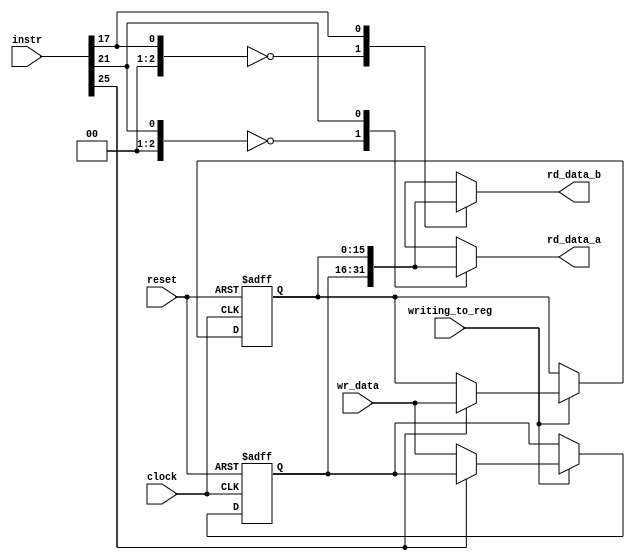
`timescale 1ns / 1ps
//////////////////////////////////////////////////////////////////////////////////
// Company: 
// Engineer: 
// 
// Design Name: 
// Module Name: register_file
// Project Name: 
// Target Devices: 
// Tool Versions: 
// Description: 
// 
// Dependencies: 
// 
// Revision:
// Revision 0.01 - File Created
// Additional Comments:
// 
//////////////////////////////////////////////////////////////////////////////////


module register_file(
    input reset,
    input clock, 
    input writing_to_reg,
    input [31:0] instr, 
    input [15:0] wr_data, 
    output [15:0] rd_data_a, 
    output [15:0] rd_data_b
    );
    
    reg [15:0] led;
    reg [15:0] regs [0:7];  
    
    assign rd_reg_a = instr [24-:4];
    assign rd_reg_b = instr [20-:4];
    assign wr_reg = instr [28-:4];
     
    always @ (*)
    begin 
    led[0+:4] = rd_reg_a; 
    led[4+:8] = rd_reg_b; 
    led[8+:4] = wr_reg; 
    led[12] = writing_to_reg; 
    end 
    
    assign rd_data_a = regs [rd_reg_a];
    assign rd_data_b = regs [rd_reg_b];
    
    always @ (posedge clock, posedge reset) 
        if (reset == 1) 
        begin 
            regs[0] <= 0;
            regs[1] <= 0;
            regs[2] <= 0;
            regs[3] <= 0;
            regs[4] <= 0;
            regs[5] <= 0;
            regs[6] <= 0; 
            regs[7] <= 0;  
        end 
        else if (writing_to_reg == 1) 
            begin 
            regs [wr_reg] <= wr_data;  
            end 
endmodule